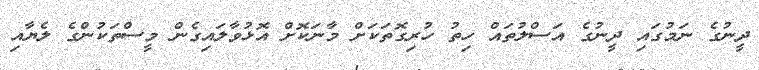
ދީނުގެ ނަމުގައި ދީނުގެ އަސްލުތައް ހިތު ހުރިގޮތަކަށް މާނަކޮށް އޮޅުވާލައިގެން މީސްތަކުންގެ ލެޔާއި